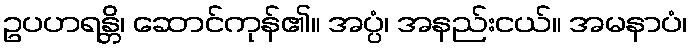
ဥပဟရန္တိ၊ ဆောင်ကုန်၏။ အပ္ပံ၊ အနည်းငယ်။ အမနာပံ၊